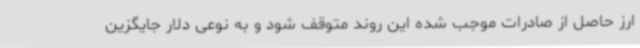
ارز حاصل از صادرات موجب شده این روند متوقف شود و به نوعی دلار جایگزین